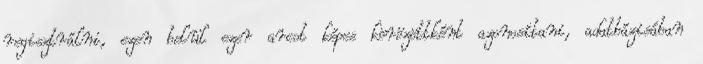
regisztrálni, ezen belül ezer arcot képes körözöttként azonosítani, adatbázisában